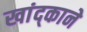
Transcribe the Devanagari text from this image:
खांद्काने